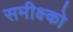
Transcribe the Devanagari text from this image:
समीक्ष्को